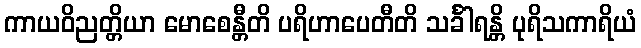
ကာယဝိညတ္တိယာ မောစေန္တီတိ ပရိဟာပေတီတိ သင်္ခါရန္တိ ပုရိသကာရိယံ